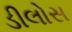
ડીલોસ